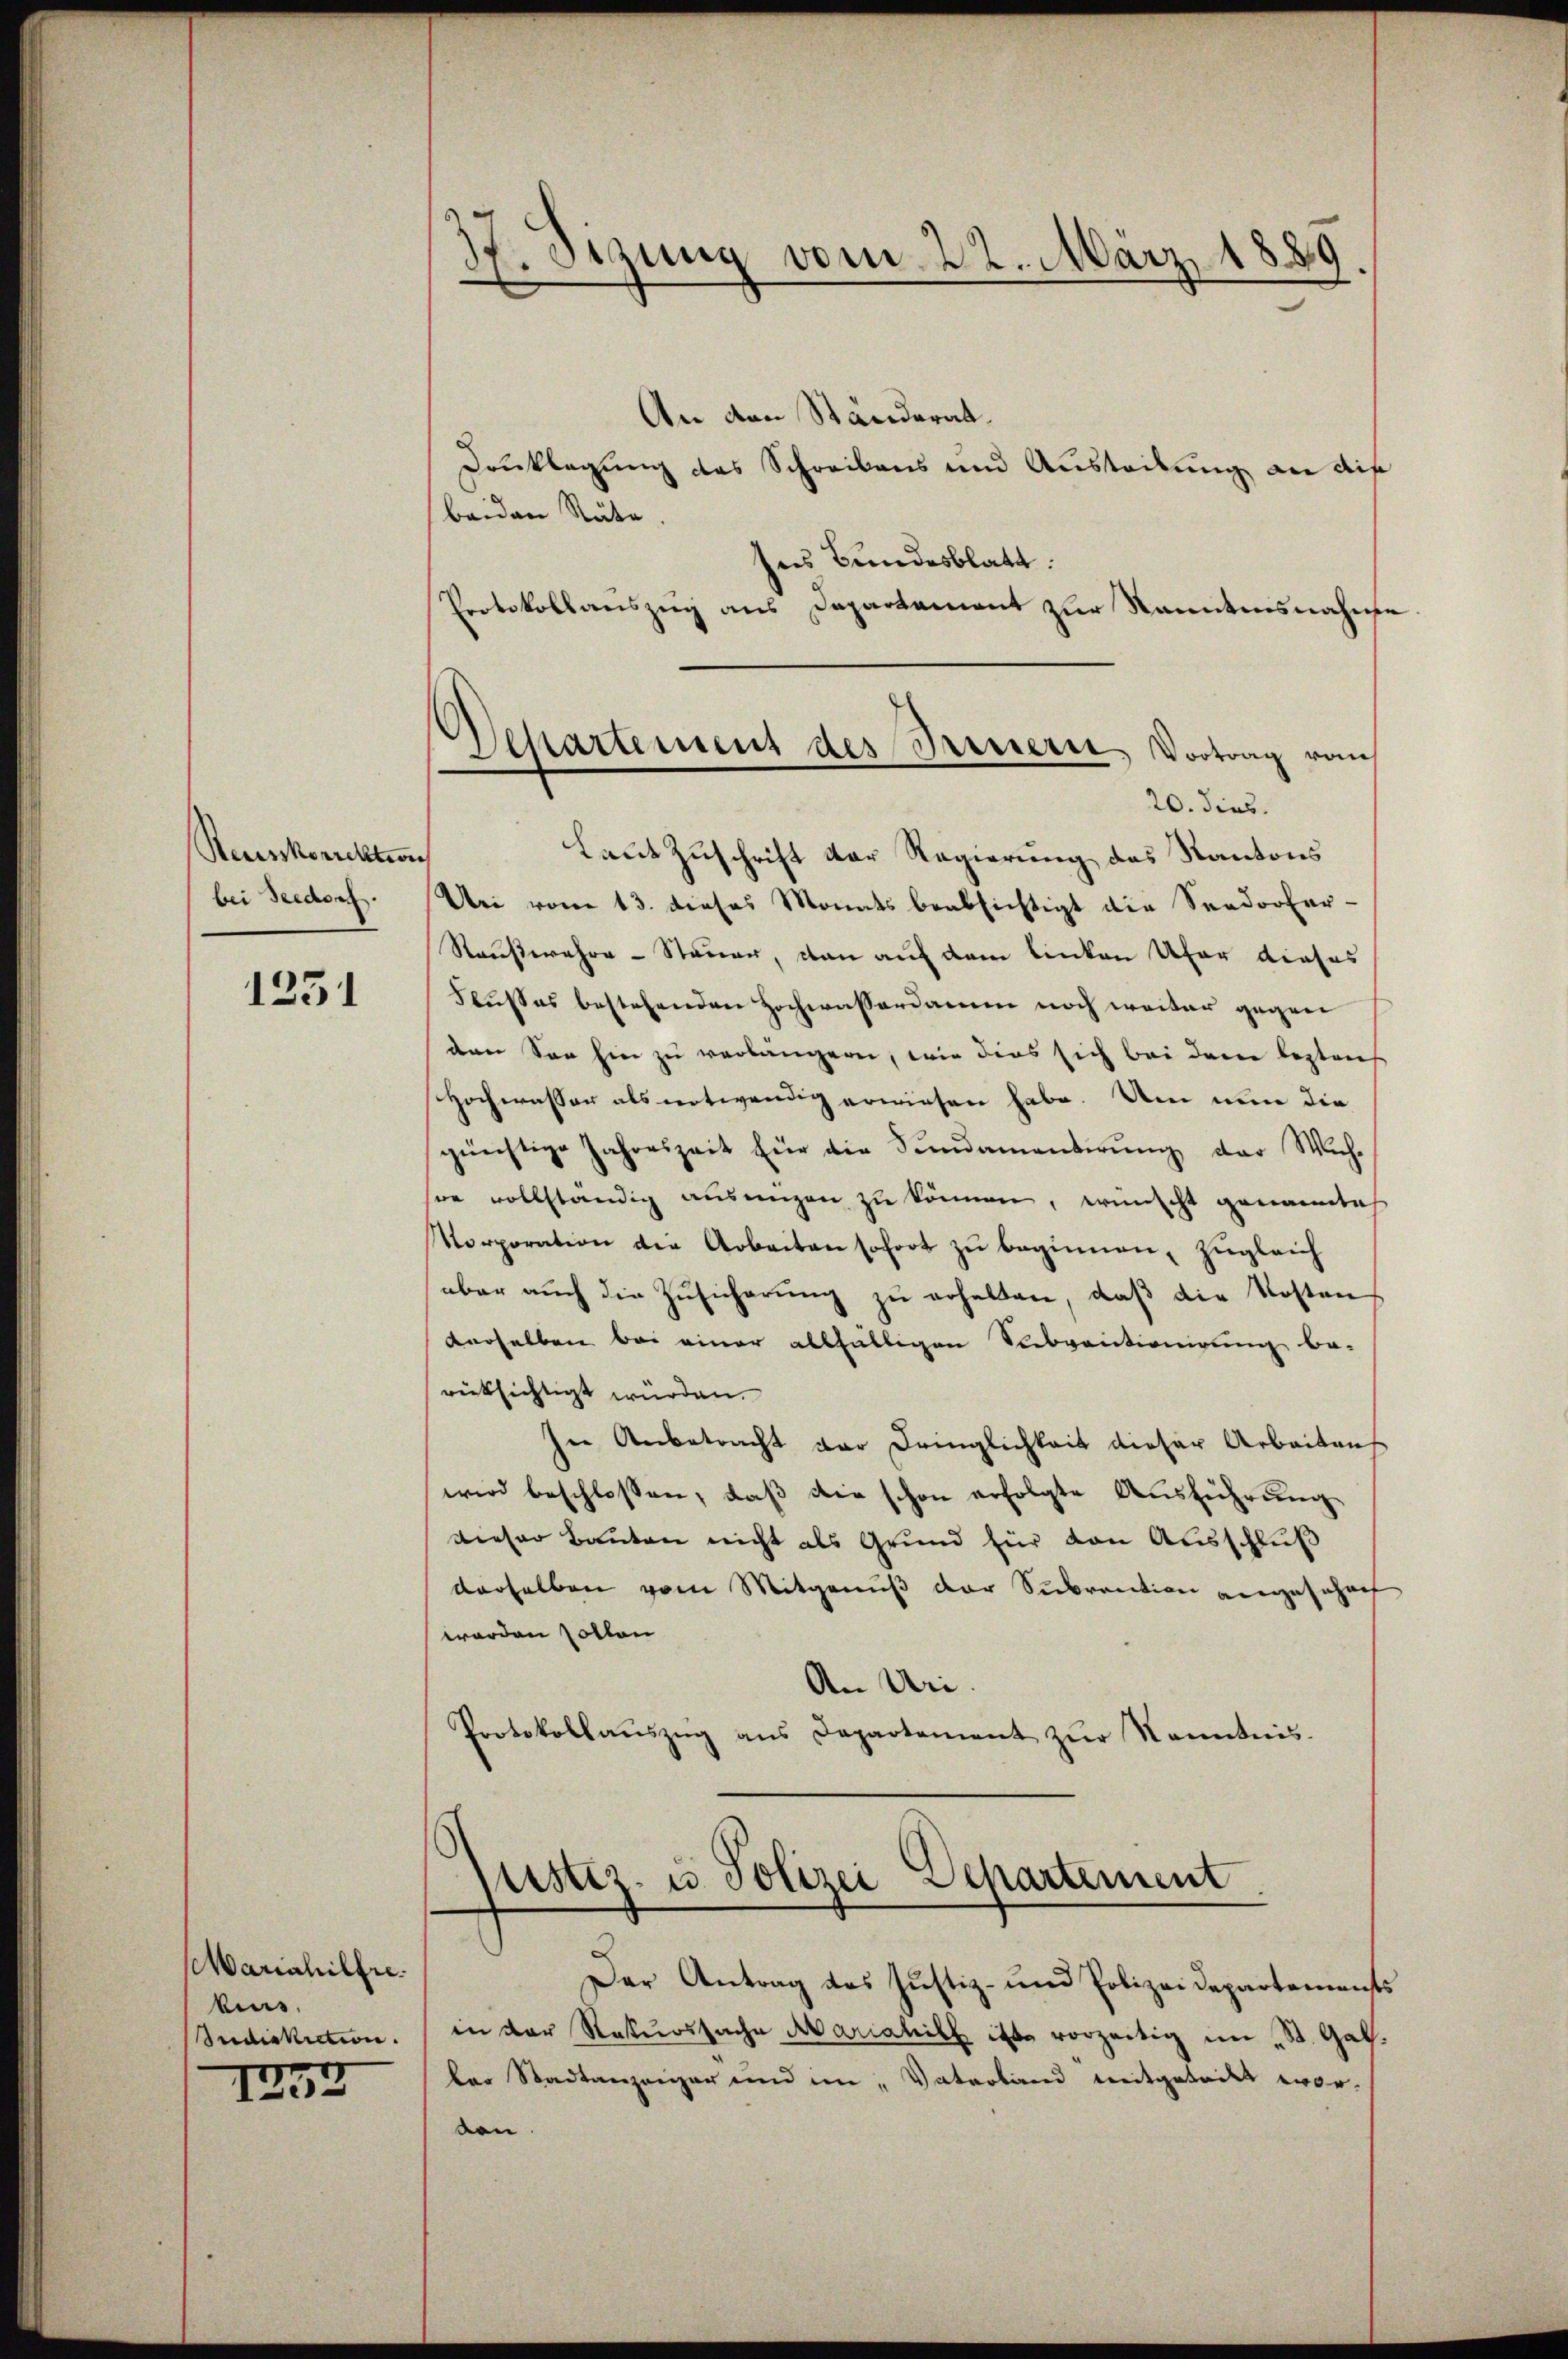
Reusskorrektion
bei Seedorf.

1251

Mariahilfre
bens.
Judikiction.
1257

igung vom 22. März 1889
“
.

Separtement des Treuern, Vortrag von
20. dies.

justiz- u Polizei Departement

An den Ständerat.
Drucklegung des Schreibens und Austribung an die
beiden Räte.
ses Bundesblatt.
Protokollauszug aus Departament zur Kanntensnahme.
Laut Zuschrift der Regierung des Kantons
Uei von 13. dieses Monats beabsichtigt die Seedorfer-
Raußwahre - Steuer, dan auf dem linken Ufer dieses
Flußes bestehenden Hochwasserdamm noch weiter gegenden See hin zu verlängern, wie dies sich bei dene lezten
Hochwasser als notwendig erwiesen habe. Um nun die
güechtige Jahreszeit für die Fundamentirŭng der Wich-
son vollständig ausungen zu können, wünscht genantich
Korporation der Arbeiten sofort zu beginnen, zugleich
aber auch die Zusicherung zu erhalten, daß die Kosten
derselben bei einer allfälligen Subventionirung be-
rücksichtigt würden.
In Anbetracht der Dringlichkeit dieser Arbeiten
wird beschlossen, daß die schon erfolgte Ausführung
dieser Bauten nicht als Grund für von Ausschluß
derselben vom Mitgenuß der Subvention angeführet
worden sollen
An Uri.
Protokollaŭszŭg ans Departement zŭr Kenntnis.

Der Antrag das Justiz- und Polizeidepartements
in der Rekurssache Mariahilf ist vorzeitig in St. Galder Stadtanzeiger und im "Vaterland mitgeteilt wor-
ben